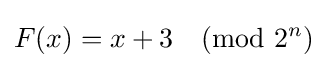
F(x)=x+3{\pmod {2^{n}}}